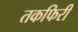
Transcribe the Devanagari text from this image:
तकफिरी